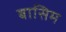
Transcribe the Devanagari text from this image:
बासिम